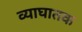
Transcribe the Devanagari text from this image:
व्याघातक